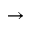
\rightarrow